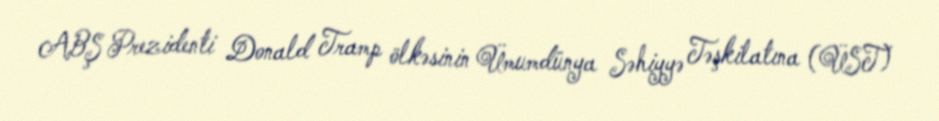
ABŞ Prezidenti Donald Tramp ölkəsinin Ümumdünya Səhiyyə Təşkilatına (ÜST)